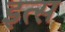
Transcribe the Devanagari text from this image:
इत्स